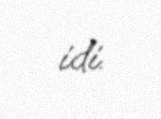
idi.